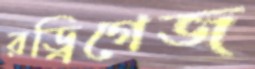
রড্রিগেজ